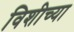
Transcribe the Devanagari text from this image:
विशीच्या